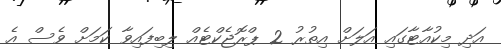
އަދި މިކުއާޓާގައި އަލަށް އިތުރު 2 ޕްރޮޖެކްޓެއް ލިބިފައިވާ ކަމަށް ވެސް އެ